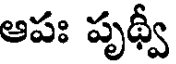
ఆపః పృథ్వీ